Scottish Leaving Certificate Examination, 1951
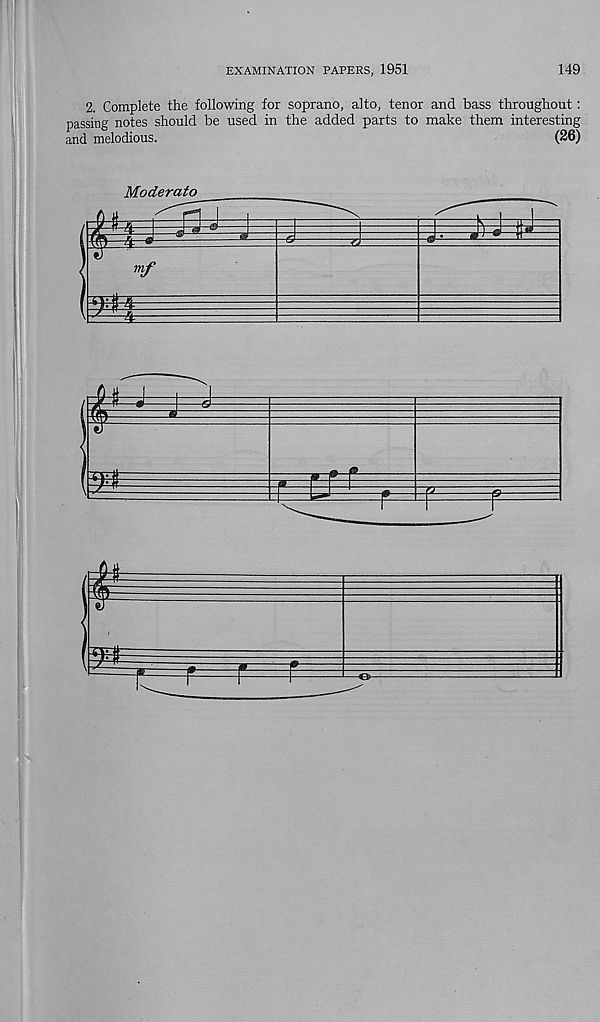
EXAMINATION PAPERS, 1951
149
2, Complete the following for soprano, alto, tenor and bass throughout:
passing notes should be used in the added parts to make them interesting
and melodious.
(26)
Moderato
$
f=—r
r